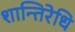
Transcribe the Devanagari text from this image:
शान्तिरेधि